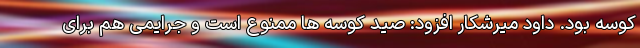
کوسه بود. داود میرشکار افزود: صید کوسه ها ممنوع است و جرایمی هم برای